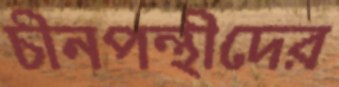
চীনপন্থীদের